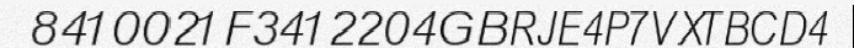
8410021F3412204GBRJE4P7VXTBCD4